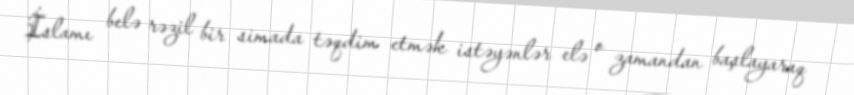
İslamı belə rəzil bir simada təqdim etmək istəyənlər elə o zamandan başlayaraq